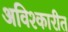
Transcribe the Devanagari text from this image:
अविश्कारीत